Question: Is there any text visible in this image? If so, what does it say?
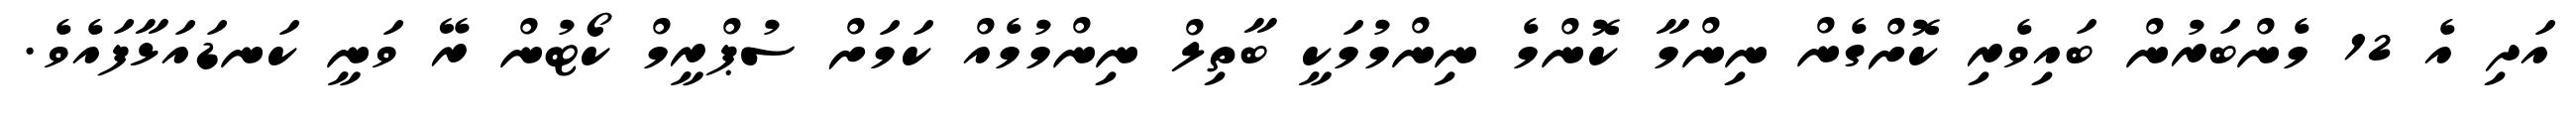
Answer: އަދި އެ 12 މެންބަރުން ބައިވެރި ކޮށްގެން ނިންމާ ކޮންމެ ނިންމުމަކީ ބާތިލް ނިންމުމެއް ކަމަށް ސުޕްރީމް ކޯޓުން ރޭ ވަނީ ކަނޑައަޅާފައެވެ.